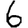
Digit: 6